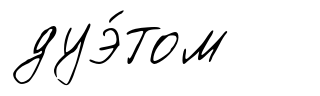
дуэ́том